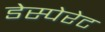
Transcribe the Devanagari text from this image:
डेस्पेरेट